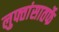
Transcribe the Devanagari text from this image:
लुफ्तांसातर्फे